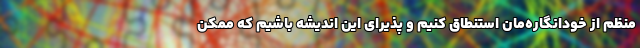
منظم از خودانگاره‌مان استنطاق کنیم و پذیرای این اندیشه باشیم که ممکن